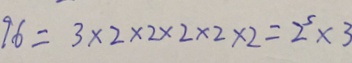
9 6 = 3 \times 2 \times 2 \times 2 \times 2 \times 2 = 2 ^ { 5 } \times 3